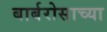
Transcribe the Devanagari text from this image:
बार्बरोसाच्या